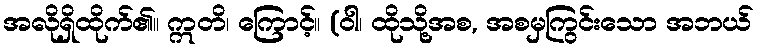
အလိုရှိထိုက်၏။ ဣတိ၊ ကြောင့်။ (ဝါ၊ ထိုသို့အစ, အစမှကြွင်းသော အဘယ်